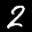
Label: 2